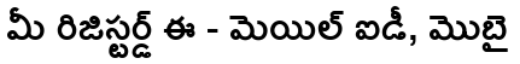
మీ రిజిస్టర్డ్ ఈ - మెయిల్ ఐడీ, మొబై